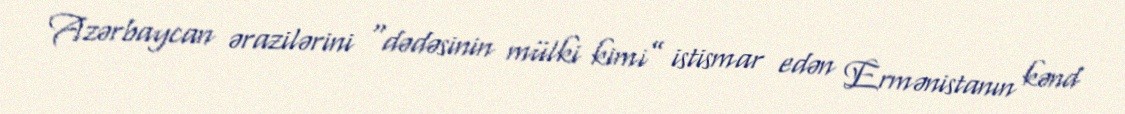
Azərbaycan ərazilərini “dədəsinin mülki kimi” istismar edən Ermənistanın kənd